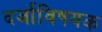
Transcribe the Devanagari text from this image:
दर्जाविषयक